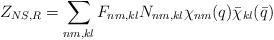
LaTeX: \begin{align*}Z_{NS,R}=\sum_{nm,kl}F_{nm,kl}N_{nm,kl}\chi _{nm}(q)\bar{\chi}_{kl}(\bar{q})\end{align*}